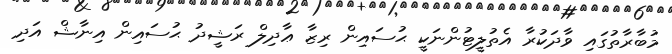
މުބާރާތުގައި ވާދަކުރާ އެތުލީޓުންނަކީ ޙުސައިން ރިޒާ ޢާދިލް ރަޝީދު ޙުސައިން އިނާޝް އަދި